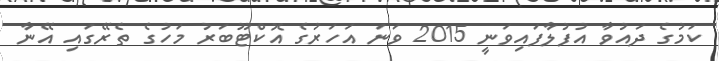
ކަމުގެ ދައުވާ އުފުލާފައިވަނީ 2015 ވަނަ އަހަރުގެ އޮކްޓޫބަރު މަހުގެ ތެރޭގައި އޭނާ